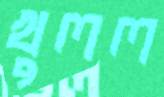
খুলল